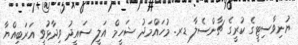
ޔުނިވާސިޓީގެ ކުރީގެ ޗާންސެލާ ޑރ. މުހައްމަދު ޝަހީމް އަލީ ސައީދު ވިދާޅުވީ އަރަބިއްޔާ